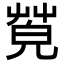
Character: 𦯦